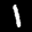
Label: 1